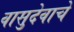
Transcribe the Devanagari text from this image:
वासुदेवाचे